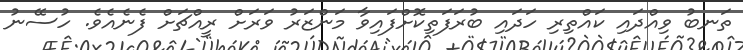
ތަނބު ވިއްދައި ކައްތިރި ހަދައި ބުރަފަތިކޮށްފައިވާ މަންޒަރު ވަރަށް ރީއްޗަށް ފެނެއެވެ. ހުސޭނު